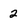
Character: 2